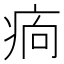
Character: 𤵼